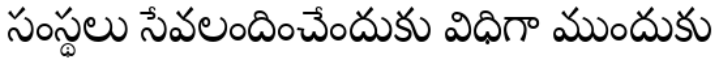
సంస్థలు సేవలందించేందుకు విధిగా ముందుకు